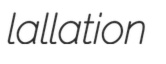
lallation